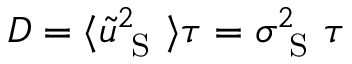
D = \langle \tilde { u } _ { \mathrm { ~ S ~ } } ^ { 2 } \rangle \tau = \sigma _ { \mathrm { ~ S ~ } } ^ { 2 } \tau